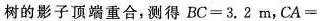
树的影子顶端重合，测得BC=3.2m,CA=